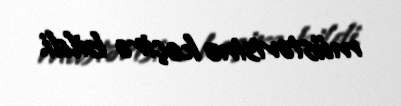
müstəvisinə keçirə bildi.